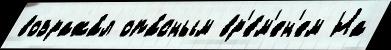
возража́л опа́сным вр'е́м'ен'ем На